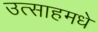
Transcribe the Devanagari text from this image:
उत्साहमधे